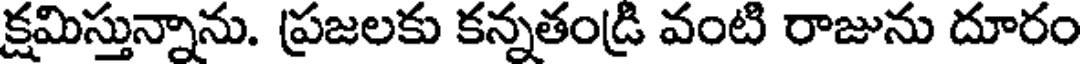
క్షమిస్తున్నాను. ప్రజలకు కన్నతండ్రి వంటి రాజును దూరం